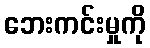
ဘေးကင်းမှုကို